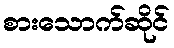
စားသောက်ဆိုင်